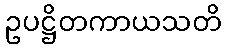
ဥပဋ္ဌိတကာယသတိ